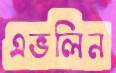
এভলিন